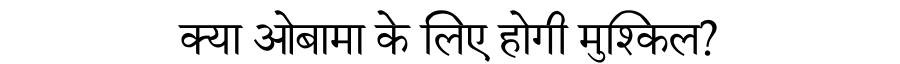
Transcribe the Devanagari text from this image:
क्या ओबामा के लिए होगी मुश्किल?